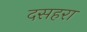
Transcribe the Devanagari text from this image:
दसहरा